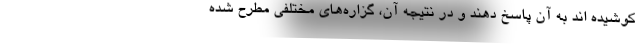
کوشیده اند به آن پاسخ دهند و در نتیجه آن، گزاره‌های مختلفی مطرح شده